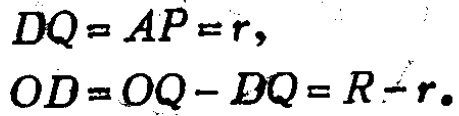
\[
\begin{align*}
DQ&=AP = r,\\
OD&=OQ - DQ=R - r。
\end{align*}
\]